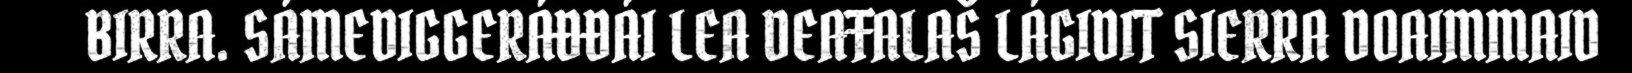
BIRRA. SÁMEDIGGERÁĐĐÁI LEA DEAŦALAŠ LÁGIDIT SIERRA DOAIMMAID